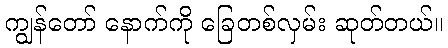
ကျွန်တော် နောက်ကို ခြေတစ်လှမ်း ဆုတ်တယ်။